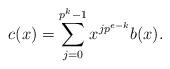
LaTeX: \begin{align*}c(x)=\sum_{j=0}^{p^k-1}x^{jp^{e-k}}b(x).\end{align*}